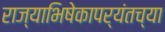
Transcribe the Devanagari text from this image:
राज्याभिषेकापर्यंतच्या